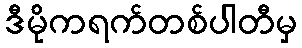
ဒီမိုကရက်တစ်ပါတီမှ